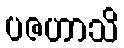
ပဇဟာသိ